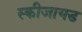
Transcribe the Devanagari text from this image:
स्कीजायड